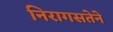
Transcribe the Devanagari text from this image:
निरागसतेने